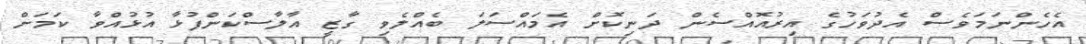
އެހެންނަމަވެސް އެދުވަހުގެ އިރުއޮއްސެން ދަނިކޮށް އެމައްސަލަ ބެއްލެވި ގާޒީ އާލާސްކަންފުޅާ އުޅުއްވާ ކަމަށް